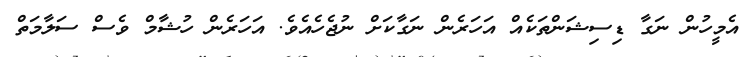
އެމީހުން ނަގާ ޑިސިޝަންތަކެއް އަހަރެން ނަގާކަށް ނުޖެހެއެވެ. އަހަރެން ހުޝާމް ވެސް ސަލާމަތް